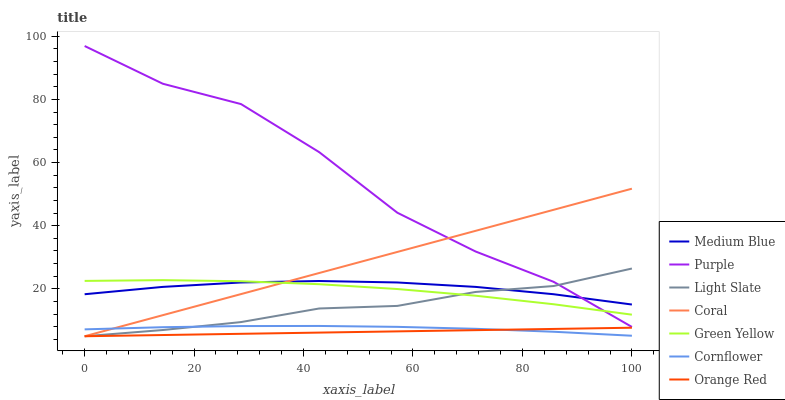
| xaxis_label | Medium Blue | Purple | Light Slate | Coral | Green Yellow | Cornflower | Orange Red |
 | --- | --- | --- | --- | --- | --- | --- | --- |
 | 0 | 18.3 | 96.9 | 5 | 5 | 22.5 | 7.18 | 5 |
 | 14.3 | 20.6 | 85 | 6.97 | 11.7 | 22.8 | 7.87 | 5.39 |
 | 28.6 | 22 | 78.5 | 9.49 | 18.4 | 22.4 | 8.23 | 5.77 |
 | 42.9 | 22.5 | 63.3 | 13.8 | 25 | 21.5 | 8.26 | 6.16 |
 | 57.1 | 22 | 44.1 | 14.6 | 31.7 | 20 | 7.97 | 6.54 |
 | 71.4 | 20.6 | 31.8 | 19 | 38.4 | 17.8 | 7.36 | 6.93 |
 | 85.7 | 18.3 | 22.2 | 20.9 | 45.1 | 15.1 | 6.42 | 7.32 |
 | 100 | 15 | 7.95 | 26.4 | 51.7 | 11.8 | 5.16 | 7.7 |